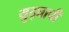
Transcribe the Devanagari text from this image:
युद्घाची